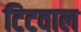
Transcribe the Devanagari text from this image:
टिटवाल